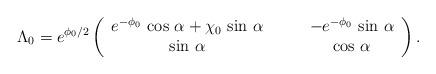
LaTeX: \begin{align*}\Lambda_0 = e^{\phi_0 /2}\left(\begin{array}{cc} e^{-\phi_0}\, \cos\,\alpha + \chi_0\,\sin\,\alpha \qquad& - e^{-\phi_0}\,\sin\,\alpha \\ \sin\,\alpha \qquad& \cos\,\alpha \end{array}\right).\end{align*}